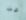
عن